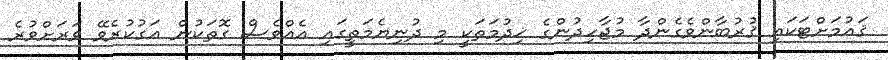
ޤައުމަށްޓަކައި ޤުރުބާންވެގެންދާ މުޖާހިދުންގެ ޚިދުމަތަކީ މި ދުނިޔެމަތީގައި އެއްވެސް ގޮތަކުން އަގުކުރެވޭ ވަރަށްވުރެ